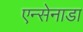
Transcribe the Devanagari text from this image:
एन्सेनाडा